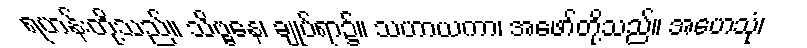
ရဟန်းတို့သည်။ သိဗ္ဗနေ၊ ချုပ်ရာ၌။ သဟာယကာ၊ အဖော်တို့သည်။ အဟေသုံ၊